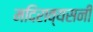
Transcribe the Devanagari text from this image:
मदिराव्यसनी